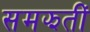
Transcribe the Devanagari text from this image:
समझतीं